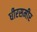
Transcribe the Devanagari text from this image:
धीरसमीर